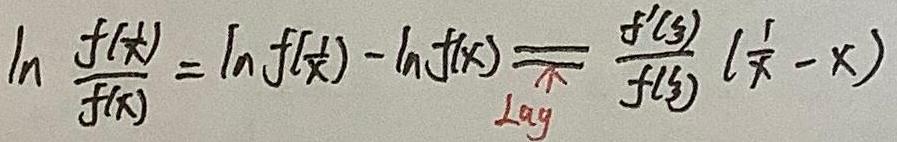
\[ \ln \frac{f(\frac{1}{x})}{f(x)} = \ln f(\frac{1}{x}) - \ln f(x) \overset{\text{Lag}}{=} \frac{f'(\xi)}{f(\xi)} (\frac{1}{x} - x) \]